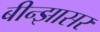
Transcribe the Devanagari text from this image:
बीन्झासर